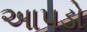
આપડો